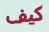
كيف